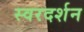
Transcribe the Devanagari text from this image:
स्वरदर्शन